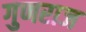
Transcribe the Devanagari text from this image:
गुणराज